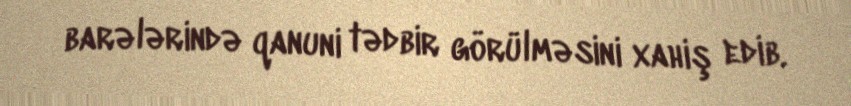
barələrində qanuni tədbir görülməsini xahiş edib.